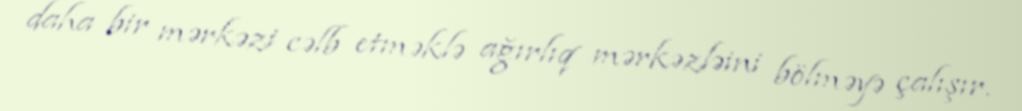
daha bir mərkəzi cəlb etməklə ağırlıq mərkəzləini bölməyə çalışır.